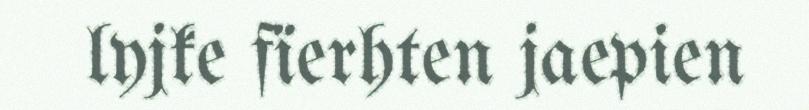
lyjke fïerhten jaepien